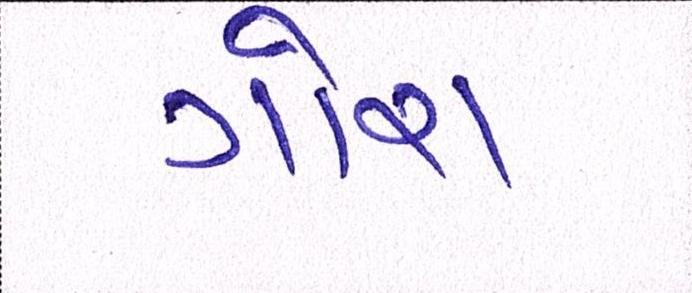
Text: ગોરા